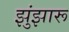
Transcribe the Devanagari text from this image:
झुंझारू